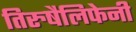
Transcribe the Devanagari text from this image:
तिरुषैलिफेनी